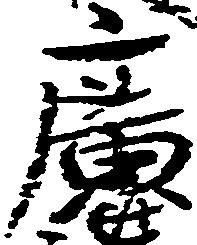
広